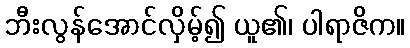
ဘီးလွန်အောင်လှိမ့်၍ ယူ၏၊ ပါရာဇိက။